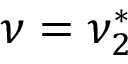
\nu = \nu _ { 2 } ^ { * }